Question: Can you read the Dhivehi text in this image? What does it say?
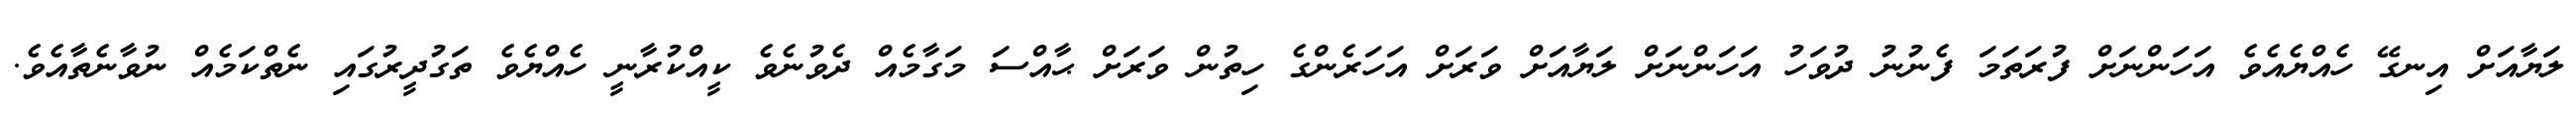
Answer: ލަޔާއަށް އިނގޭ ހެއްޔެއެވެ އަހަންނަށް ފުރަތަމަ ފެނުނު ދުވަހު އަހަންނަށް ލަޔާއަށް ވަރަށް އަހަރެންގެ ހިތުން ވަރަށް ޙާއްސަ މަގާމެއް ދެވުނެވެ ކީއްކުރާނީ ހެއްޔެވެ ތަގުދީރުގައި ނެތްކަމެއް ނުވާނެތާއެވެ.